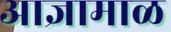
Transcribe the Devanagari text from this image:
आज्ञामाळ